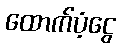
ထောက်ပံ့ငွေ